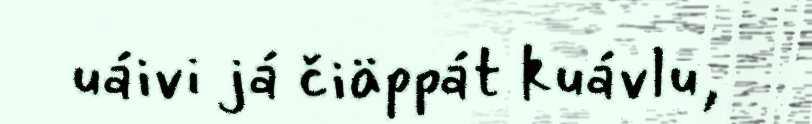
uáivi já čiäppát kuávlu,